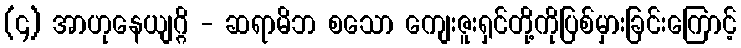
(၄) အာဟုနေယျဂ္ဂိ - ဆရာမိဘ စသော ကျေးဇူးရှင်တို့ကိုပြစ်မှားခြင်းကြောင့်